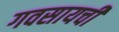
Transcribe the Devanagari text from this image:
गवसायची